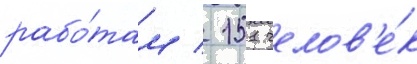
рабо́там / 151 челов'е́к